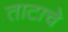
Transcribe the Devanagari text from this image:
ताटाचे